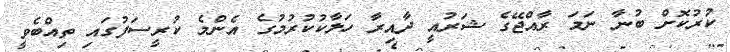
ކުރުކޮށް ބުނާ ނަމަ ރާއްޖޭގެ ޝަރުއީ ދާއިރާ ހަލާކުކުރުމުގެ އެންމެ ކުރީސަފުގައި ތިއްބެވީ